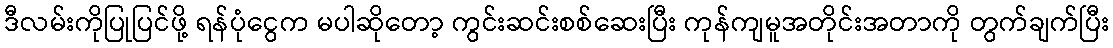
ဒီလမ်းကိုပြုပြင်ဖို့ ရန်ပုံငွေက မပါဆိုတော့ ကွင်းဆင်းစစ်ဆေးပြီး ကုန်ကျမူအတိုင်းအတာကို တွက်ချက်ပြီး